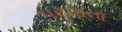
પરપાતા